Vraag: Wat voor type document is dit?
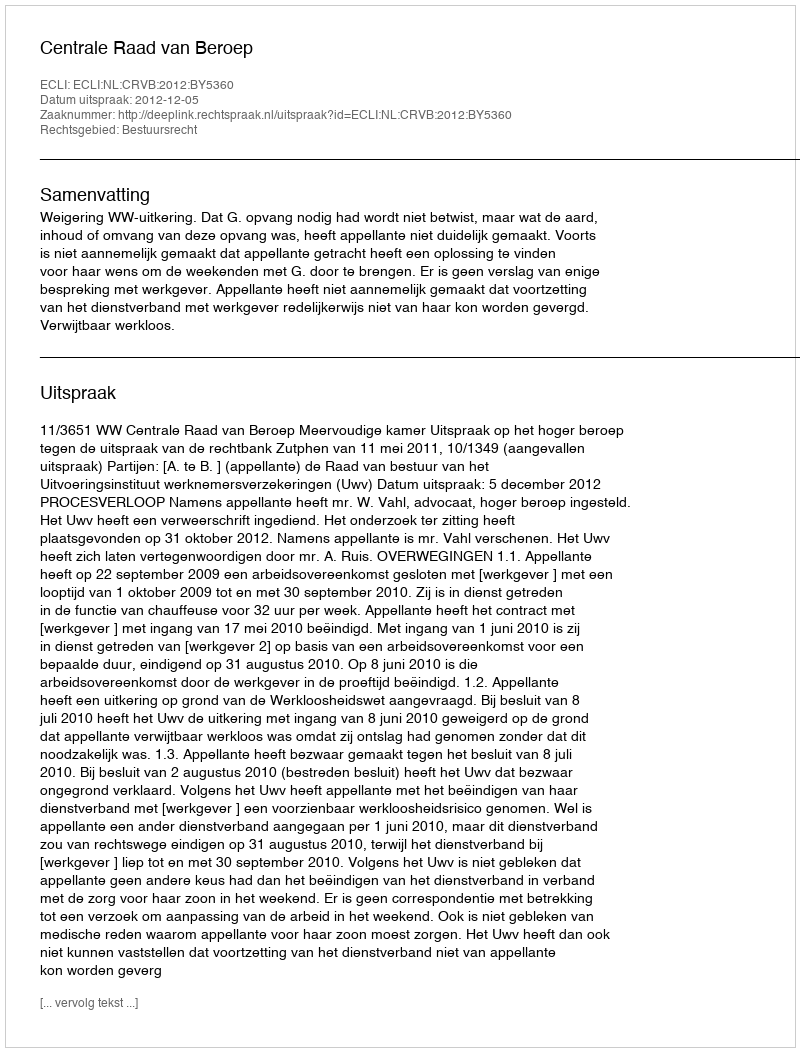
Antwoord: Uitspraak